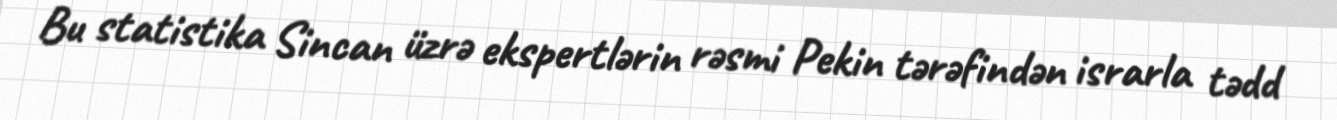
Bu statistika Sincan üzrə ekspertlərin rəsmi Pekin tərəfindən israrla tədd